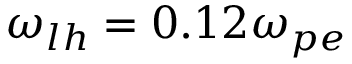
\omega _ { l h } = 0 . 1 2 \omega _ { p e }